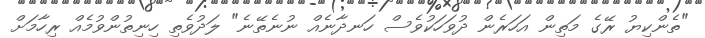
"ތެންކިޔު ރޭގެ މަތިން އަހަރެން ދުވަހަކުވެސް ހަނދާނެއް ނުނެތޭނެ" ލަދުވެތި ހިނިތުންވުމެއް ރިހާމަށް